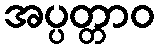
အပ္ပတ္တာဝ